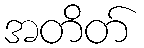
အတိတ်